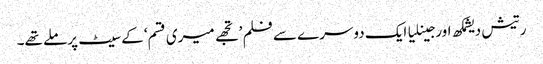
رتیش دیشمکھ اورجینلیا ایک دوسرے سے فلم ’تجھے میری قسم‘ کے سیٹ پرملے تھے۔